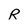
Character: R